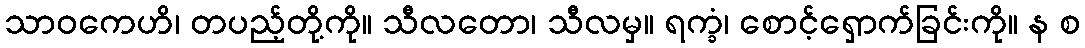
သာဝကေဟိ၊ တပည့်တို့ကို။ သီလတော၊ သီလမှ။ ရက္ခံ၊ စောင့်ရှောက်ခြင်းကို။ န စ